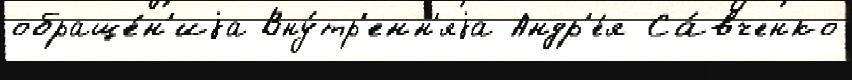
обраще́н'иjа Вну́тр'енн'яjа Андр'е́я Са́вченко